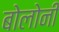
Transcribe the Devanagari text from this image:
बोलोनी